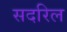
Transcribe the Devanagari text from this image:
सदरिल